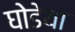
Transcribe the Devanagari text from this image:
घोडेया